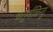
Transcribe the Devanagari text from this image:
चतुर्थबिन्दु